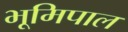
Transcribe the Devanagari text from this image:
भूमिपाल